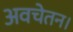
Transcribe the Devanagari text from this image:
अवचेतन।